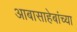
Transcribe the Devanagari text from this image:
आबासाहेबांच्या